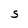
Character: S